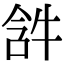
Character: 𤙣